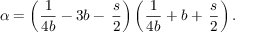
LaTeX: \alpha = \left( { \frac { 1 } { 4 b } } - 3 b - \, \frac { s } { 2 } \right) \left( { \frac { 1 } { 4 b } } + b + \, \frac { s } { 2 } \right) .